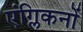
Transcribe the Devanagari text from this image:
एंग्लिकनों